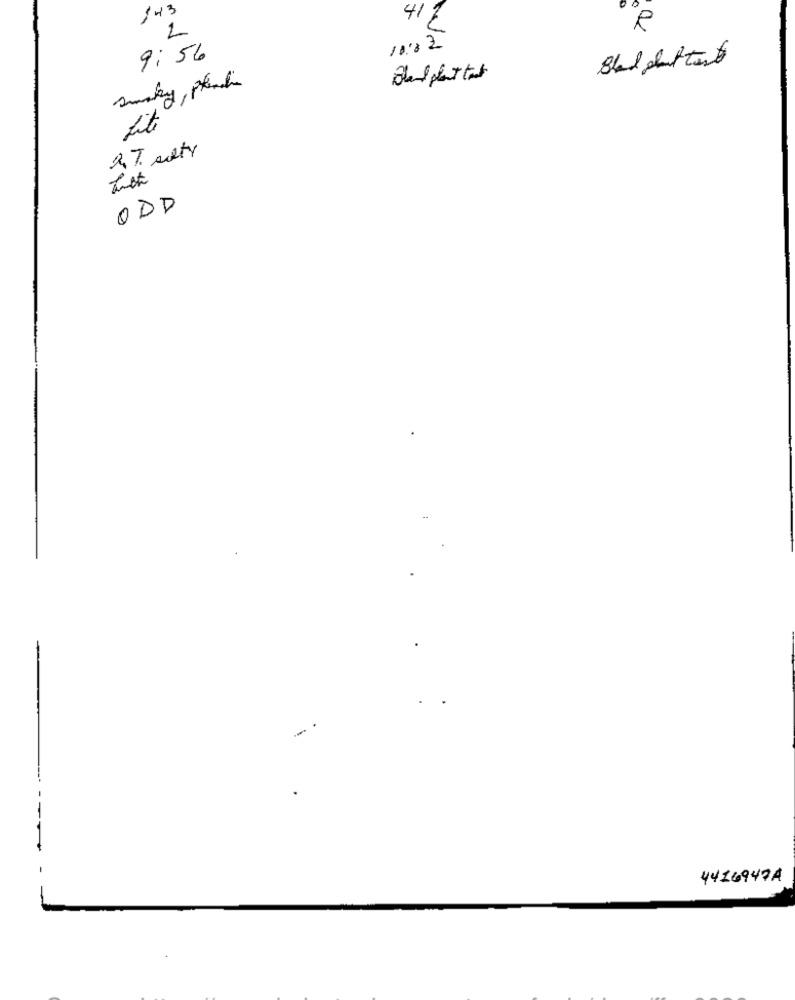
143
2
41%
9:56
10:02
smokey, planche
Lite
RT. sety
ODD
-
4416947A